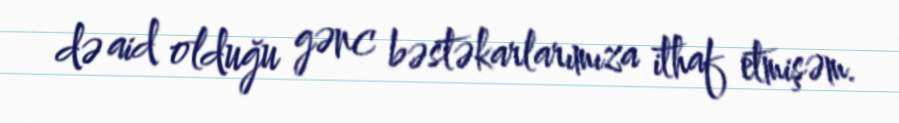
də aid olduğu gənc bəstəkarlarımıza ithaf etmişəm.